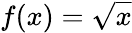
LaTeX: f(x)=\sqrt{x}